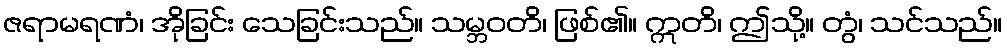
ဇရာမရဏံ၊ အိုခြင်း သေခြင်းသည်။ သမ္ဘဝတိ၊ ဖြစ်၏။ ဣတိ၊ ဤသို့။ တွံ၊ သင်သည်။